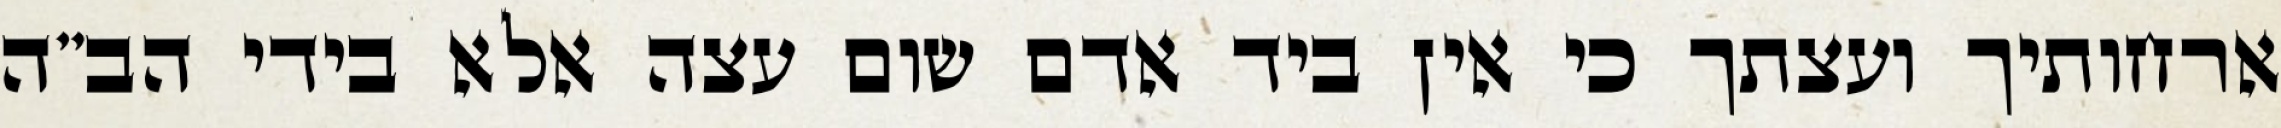
ארחותיך ועצתך כי אין ביד אדם שום עצה אלא בידי הב”ה